Note on the mental hospitals in Burma - 1925-1940
Year: 1925
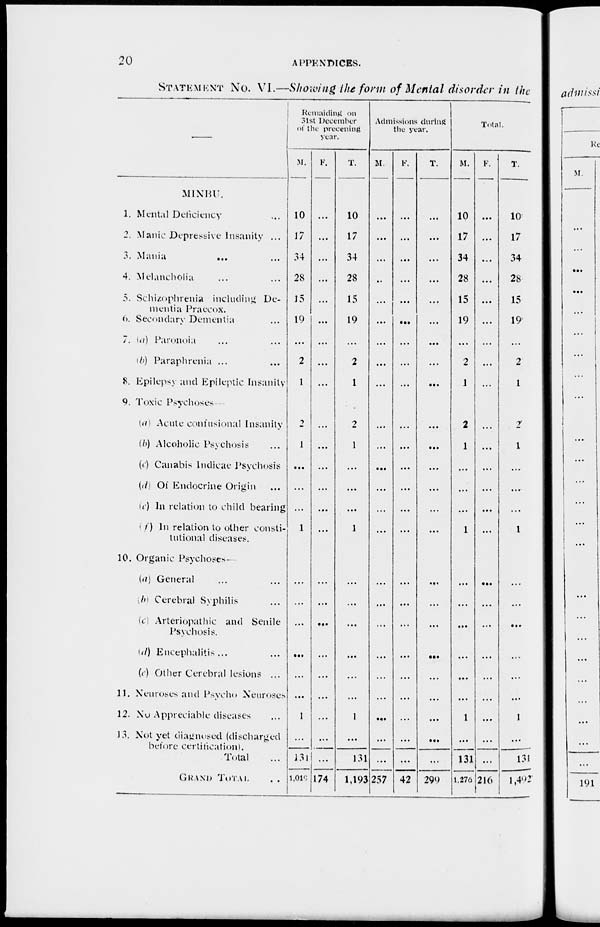
20
APPENDICES.
STATEMENT No. VI.—Showing the form of Mental disorder in the
1
MINBU.
1. Mental Deficiency ...
2. Manic Depressive Insanity ...
3. Mania
... ...
4. Melancholia ... ...
5. Schizophrenia including De-
mentia Praecox.
6. Secondary Dementia ...
7. (a) Paranoia ... ...
(b) Paraphrenia ... ...
8. Epilepsy and Epileptic Insanity
9. Toxic Psychoses
(a) Acute confusional Insanity
(b) Alcoholic Psychosis ...
(c) Canabis Indicae Psychosis
(d) Of Endocrine Origin ...
(c) In relation to child bearing
(f) In relation to other consti-
tutional diseases.
10. Organic Psychoses—
(a) General ... ...
(b) Cerebral Syphilis ...
(c) Arteriopathic and Senile
Psychosis.
(d) Encephalitis ... ...
(e) Other Cerebral lesions ...
11. Neuroses and Psycho Neuroses
12. No Appreciable diseases ...
13. Not yet diagnosed (discharged
before certification).
Total ...
GRAND TOTAL ...
Remaining
on
31st December
of the preceding
year.
M.
10
J7
34
28
15
19
...
2
1
2
1
...
...
...
1
...
...
...
...
...
...
1
...
13l
1,019
F.
...
...
...
...
...
...
...
...
...
...
...
...
...
...
...
...
...
...
...
...
...
...
...
...
174
T.
10
17
34
28
15
19
...
2
1
2
1
...
...
...
1
...
...
...
...
...
...
1
...
131
1,193
Admissions during
the year.
M.
...
...
...
...
...
...
...
...
...
...
...
...
...
...
...
...
...
...
...
...
...
...
...
...
257
F.
...
...
...
...
...
...
...
...
...
...
...
...
...
...
...
...
...
...
...
...
...
...
...
...
42
T.
...
...
...
...
...
...
...
...
...
...
...
...
...
...
...
...
...
...
...
...
...
...
...
...
299
Total.
M.
10
17
34
28
15
19
...
2
1
2
1
...
...
...
1
...
...
...
...
...
...
1
...
131
1,276
F.
...
...
...
...
...
...
...
...
...
...
...
...
...
...
...
...
...
...
...
...
...
...
...
...
216
T.
10
17
34
28
15
19
...
2
1
2
1
...
...
...
1
...
...
...
...
...
...
1
...
131
l,492